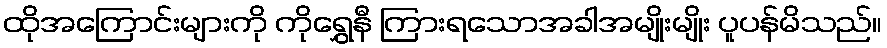
ထိုအကြောင်းများကို ကိုရွှေနီ ကြားရသောအခါအမျိုးမျိုး ပူပန်မိသည်။